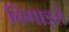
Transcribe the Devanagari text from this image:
बिगाड़ते